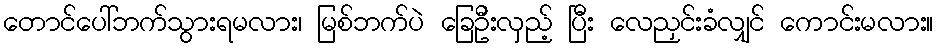
တောင်ပေါ်ဘက်သွားရမလား၊ မြစ်ဘက်ပဲ ခြေဦးလှည့် ပြီး လေညှင်းခံလျှင် ကောင်းမလား။